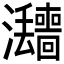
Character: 𱪚